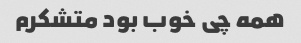
همه چی خوب بود متشکرم